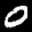
Label: 0